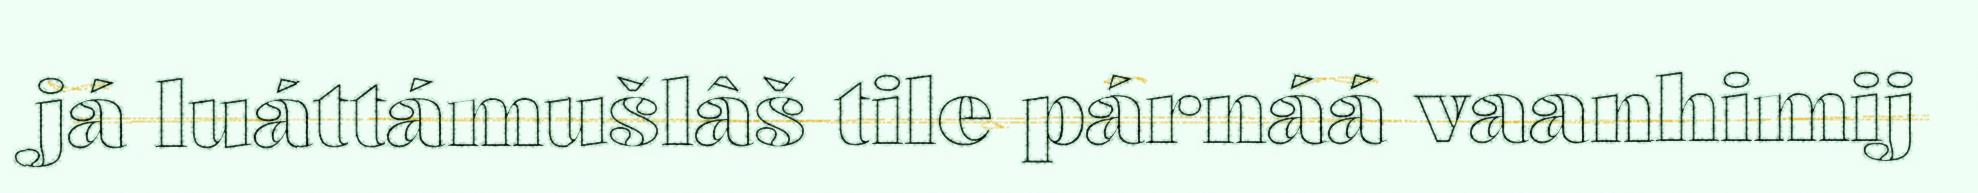
já luáttámušlâš tile párnáá vaanhimij